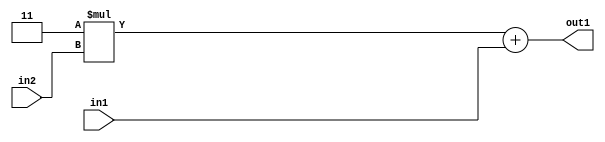
`timescale 1ps / 1ps
/*****************************************************************************
    Verilog RTL Description
    
    
    Created by: Stratus DpOpt 2019.1.01 
*******************************************************************************/

module DC_Filter_Add2u2Mul2i3u2_4 (
	in2,
	in1,
	out1
	); /* architecture "behavioural" */ 
input [1:0] in2,
	in1;
output [3:0] out1;
wire [3:0] asc001;

wire [3:0] asc001_tmp_0;
assign asc001_tmp_0 = 
	+(4'B0011 * in2);
assign asc001 = asc001_tmp_0
	+(in1);

assign out1 = asc001;
endmodule

/* CADENCE  ubb4Tgg= : u9/ySgnWtBlWxVPRXgAZ4Og= ** DO NOT EDIT THIS LINE ******/